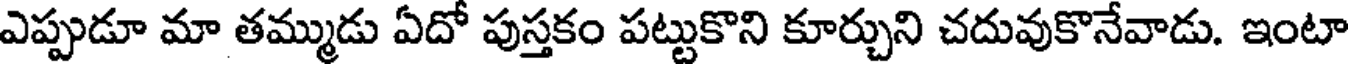
ఎప్పుడూ మా తమ్ముడు ఏదో పుస్తకం పట్టుకొని కూర్చుని చదువుకొనేవాడు. ఇంటా